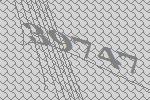
39747